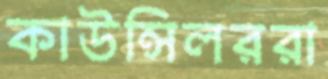
কাউন্সিলররা